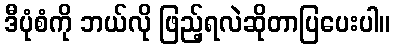
ဒီပုံစံကို ဘယ်လို ဖြည့်ရလဲဆိုတာပြပေးပါ။